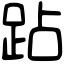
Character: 跕